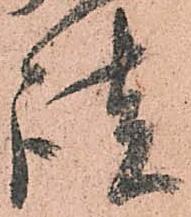
談